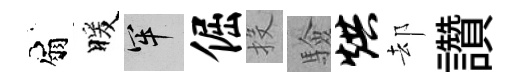
扇暖牢倔投驗烘却讚